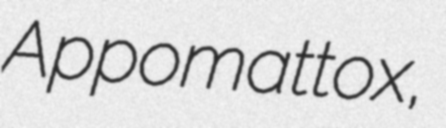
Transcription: Appomattox,